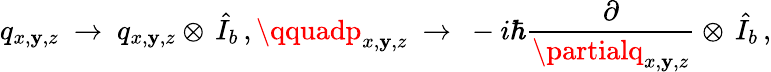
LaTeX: q_{x,\mathbf{y},z}~\to~q_{x,\mathbf{y},z}\otimes\, \hat{{I}}_{b}\, ,\qquadp_{x,\mathbf{y},z}~\to~-i\hbar\frac{{\partial}}{{\partialq_{x,\mathbf{y},z}}}\otimes\, \hat{{I}}_{b}\, ,